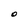
Character: O